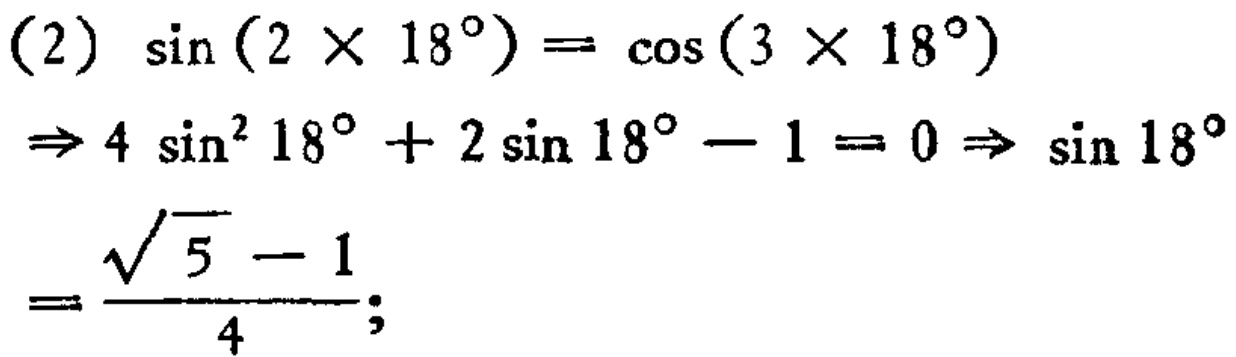
(2) \(\sin(2\times18^{\circ})=\cos(3\times18^{\circ})\)
\(\Rightarrow 4\sin^{2}18^{\circ}+2\sin18^{\circ}-1 = 0\Rightarrow\sin18^{\circ}\)
\(=\frac{\sqrt{5}-1}{4};\)